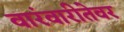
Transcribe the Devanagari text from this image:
वारंवारीतेवर